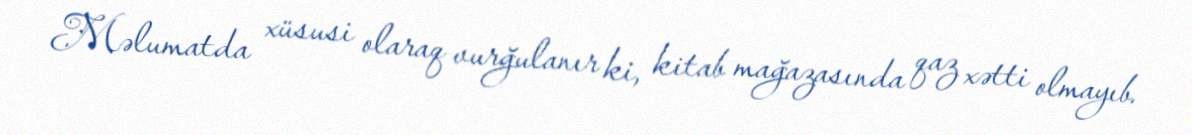
Məlumatda xüsusi olaraq vurğulanır ki, kitab mağazasında qaz xətti olmayıb.